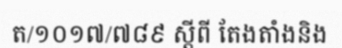
ត/១០១៧/៧៨៩ ស្តីពី តែងតាំងនិង